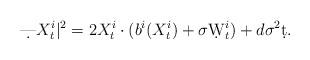
LaTeX: \begin{align*}\d |X_t^i|^2 = 2X_t^i\cdot (b^i(X_t^i)+\sigma\d W_t^i) + d\sigma^2\d t.\end{align*}